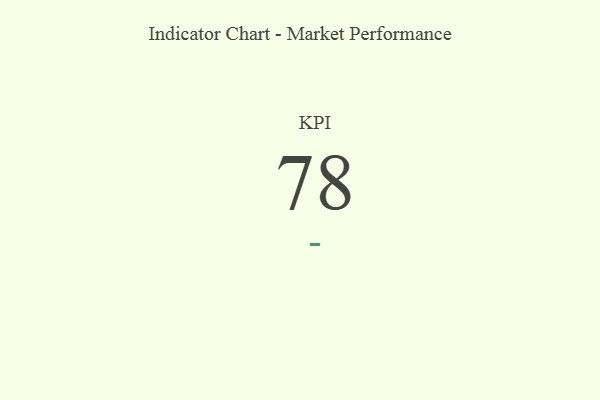
{"axis": {"x": "KPI", "y": "Value"}, "legend": [""], "data": [{"x": "KPI", "y": 78, "type": ""}]}